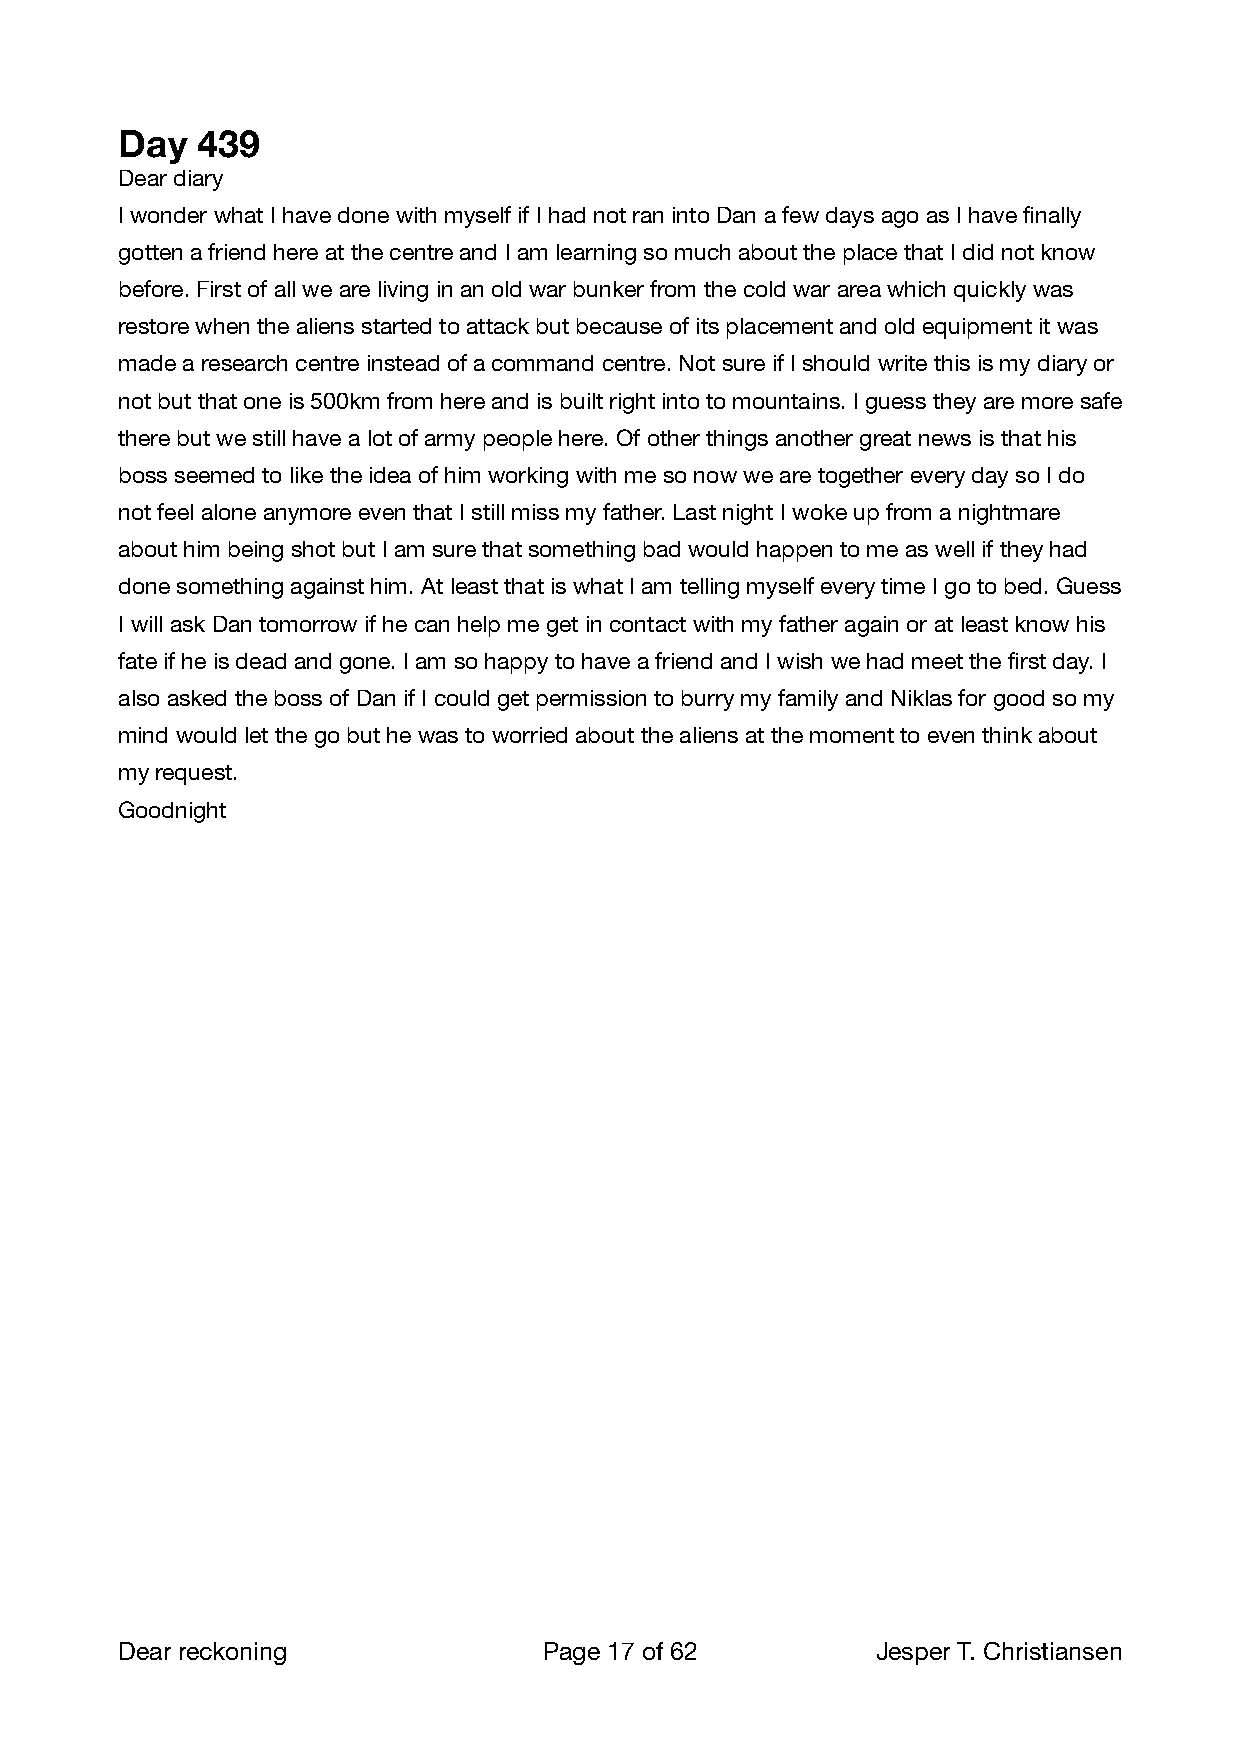
Day  439
 Dear diary
 I wonder what I have done with myself if I had not ran into Dan a few days ago as I have finally
 gotten a friend here at the centre and I am learning so much about the place that I did not know
 before. First of all we are living in an old war bunker from the cold war area which quickly was
 restore when the aliens started to attack but because of its placement and old equipment it was
 made a research centre instead of a command centre. Not sure if I should write this is my diary or
 not but that one is 500km from here and is built right into to mountains. I guess they are more safe
 there but we still have a lot of army people here. Of other things another great news is that his
 boss seemed to like the idea of him working with me so now we are together every day so I do
 not feel alone anymore even that I still miss my father. Last night I woke up from a nightmare
 about him being shot but I am sure that something bad would happen to me as well if they had
 done something against him. At least that is what I am telling myself every time I go to bed. Guess
 I will ask Dan tomorrow if he can help me get in contact with my father again or at least know his
 fate if he is dead and gone. I am so happy to have a friend and I wish we had meet the first day. I
 also asked the boss of Dan if I could get permission to burry my family and Niklas for good so my
 mind would let the go but he was to worried about the aliens at the moment to even think about
 my request.
 Goodnight
 Dear reckoning              Page 17 of 62        Jesper T. Christiansen